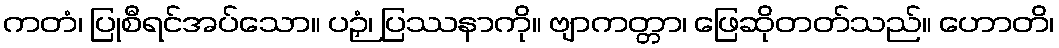
ကတံ၊ ပြုစီရင်အပ်သော။ ပဉှံ၊ ပြဿနာကို။ ဗျာကတ္တာ၊ ဖြေဆိုတတ်သည်။ ဟောတိ၊